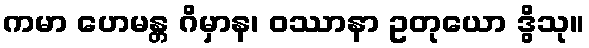
ကမာ ဟေမန္တ ဂိမှာန၊ ဝဿာနာ ဥတုယော ဒွိသု။